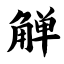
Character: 觯